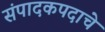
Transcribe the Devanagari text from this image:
संपादकपदाचे